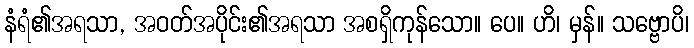
နံရံ၏အရသာ, အဝတ်အပိုင်း၏အရသာ အစရှိကုန်သော။ ပေ။ ဟိ၊ မှန်။ သဗ္ဗောပိ၊